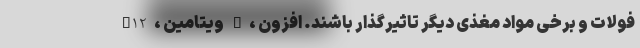
B12، ویتامین D، فولات و برخی مواد مغذی دیگر تاثیرگذار باشند. افزون